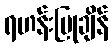
ရဟန်းပြုချိန်